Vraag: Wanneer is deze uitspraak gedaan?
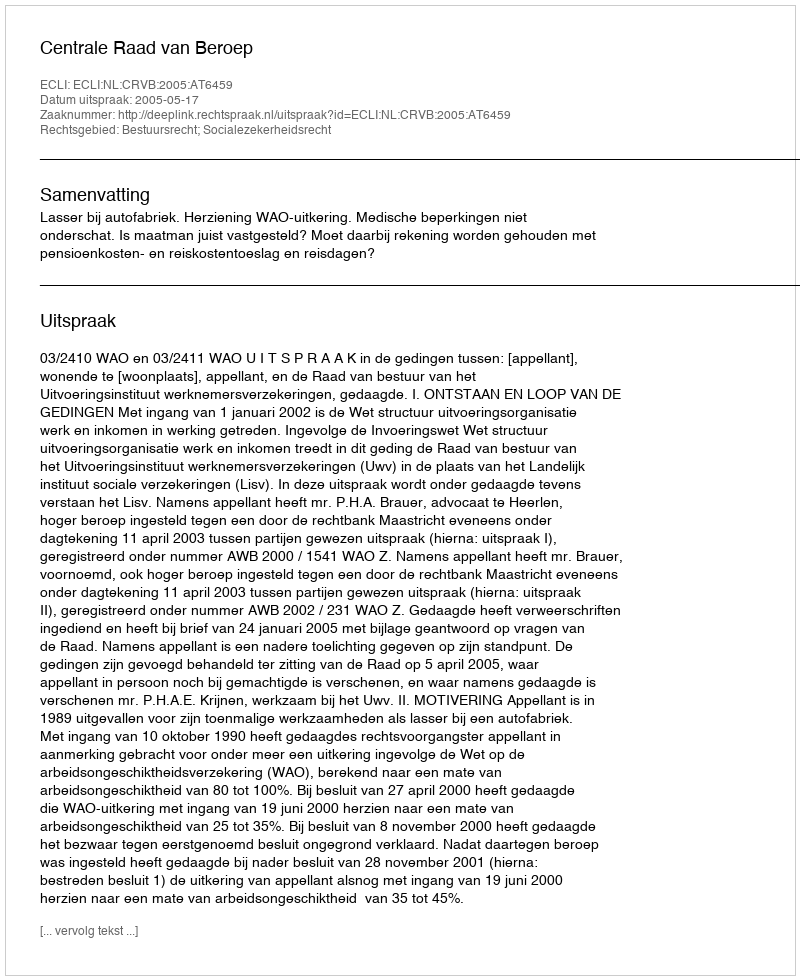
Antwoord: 2005-05-17